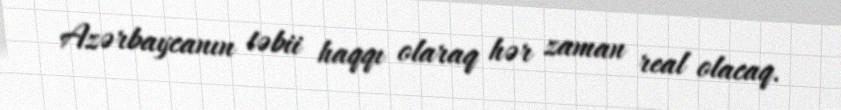
Azərbaycanın təbii haqqı olaraq hər zaman real olacaq.